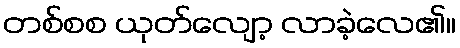
တစ်စစ ယုတ်လျော့ လာခဲ့လေ၏။